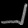
Digit: ၂